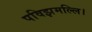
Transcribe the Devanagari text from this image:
पविझमल्लि।